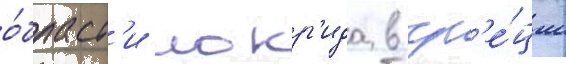
о́бласт'и локр'ида в гр'е́ции